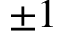
\pm 1